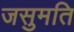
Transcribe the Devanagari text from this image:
जसुमति